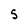
Character: 5